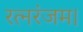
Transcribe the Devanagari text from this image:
रत्नरंजम।